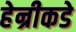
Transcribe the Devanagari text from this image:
हेन्रीकडे